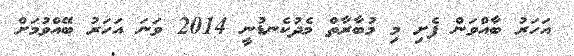
އަހަރު ބާއްވަން ފެށި މި މުބާރާތް މެދުކެނޑުނީ 2014 ވަނަ އަހަރު ބޭއްވުމަށް